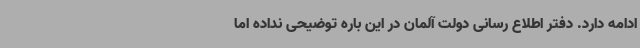
ادامه دارد. دفتر اطلاع رسانی دولت آلمان در این باره توضیحی نداده اما